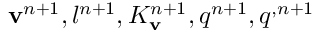
\mathbf v ^ { n + 1 } , l ^ { n + 1 } , K _ { \mathbf v } ^ { n + 1 } , q ^ { n + 1 } , q ^ { , n + 1 }